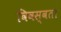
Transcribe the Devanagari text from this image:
विवस्वता